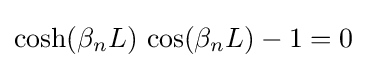
\cosh(\beta _{n}L)\,\cos(\beta _{n}L)-1=0